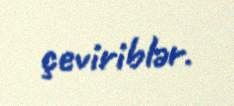
çeviriblər.